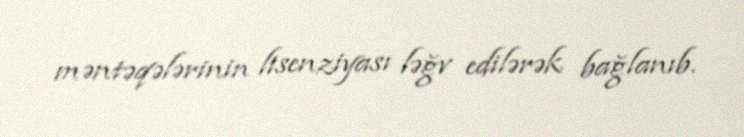
məntəqələrinin lisenziyası ləğv edilərək bağlanıb.